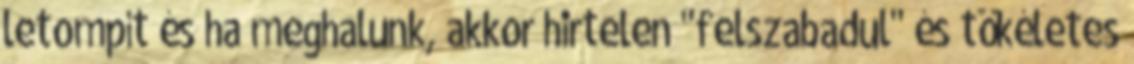
letompít és ha meghalunk, akkor hirtelen "felszabadul" és tökéletes